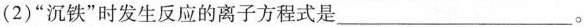
(2)”沉铁”时发生反应的离子方程式是___。